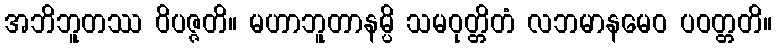
အဘိဘူတဿ ဝိပဇ္ဇတိ။ မဟာဘူတာနမ္ပိ သမဝုတ္တိတံ လဘမာနမေဝ ပဝတ္တတိ။